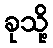
ခုသို့